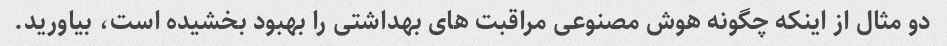
دو مثال از اینکه چگونه هوش مصنوعی مراقبت های بهداشتی را بهبود بخشیده است، بیاورید.